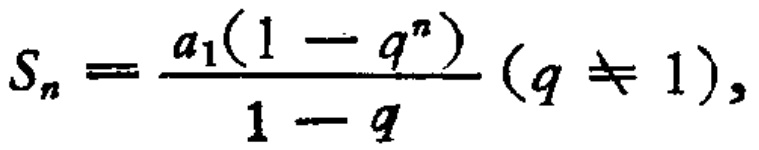
\(S_{n}=\frac{a_{1}(1 - q^{n})}{1 - q}(q\neq1)\)